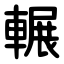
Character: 輾